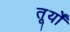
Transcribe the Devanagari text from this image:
तूर्यों